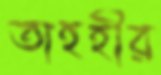
তাহহীর